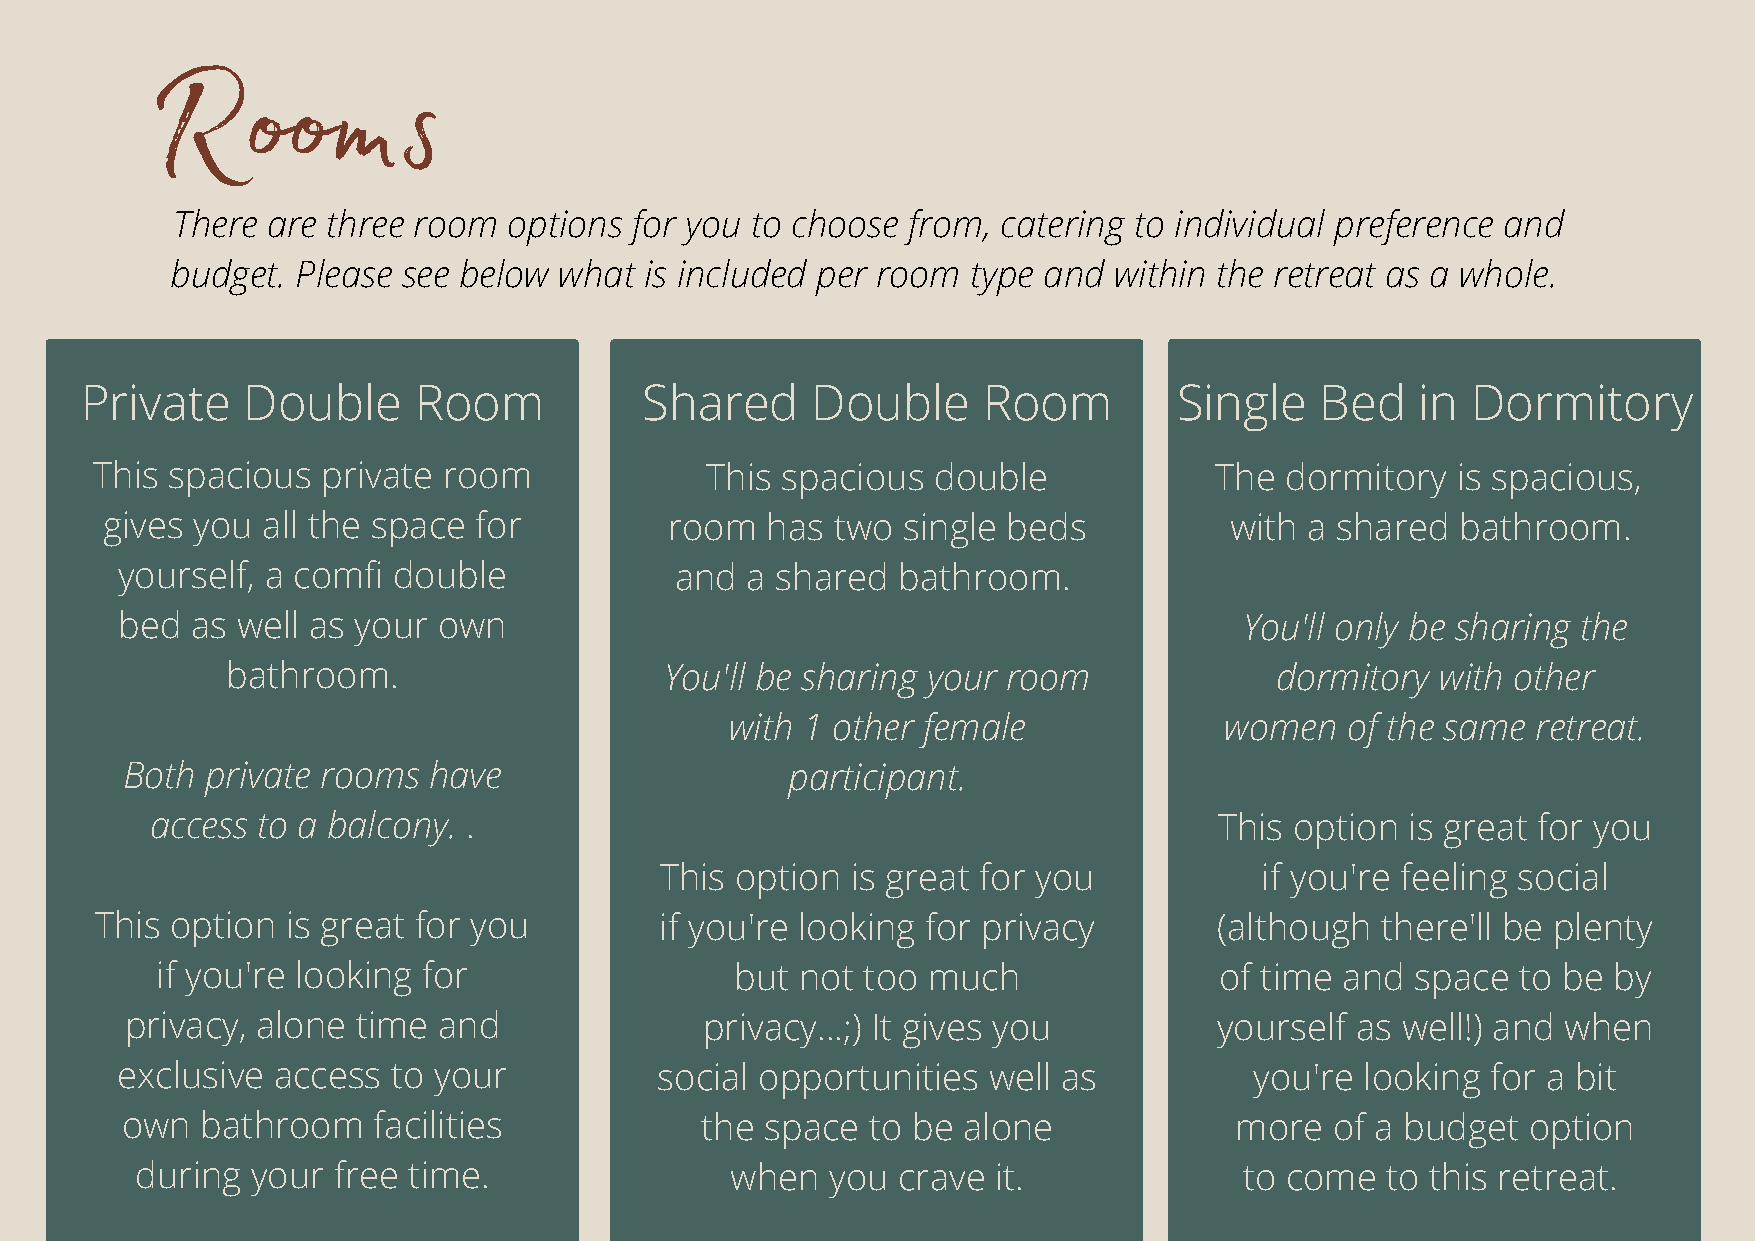
Rooms
 There  are three room  options for you to choose from, catering to individual preference and
 budget.  Please see below what  is included per room type and  within the retreat as a whole.
 Private    Double     Room            Shared     Double     Room         Single   Bed    in Dormitory
 This spacious  private room              This spacious  double            The  dormitory  is spacious,
 gives you all the space for          room   has two  single beds          with a shared   bathroom.
 yourself, a comfi double             and a shared  bathroom.
 bed  as well as your own                                                  You'll only be sharing the
 bathroom.                    You'll be sharing your room             dormitory  with other
 with 1 other female              women   of the same  retreat.
 Both  private rooms have                    participant.
 access to a balcony. .                                                 This option is great for you
 This option is great for you           if you're feeling social
 This option  is great for you         if you're looking for privacy        (although there'll be plenty
 if you're looking for                  but not too much                of time and  space  to be by
 privacy, alone  time and               privacy...;) It gives you         yourself as well!) and when
 exclusive access  to your          social opportunities  well as           you're looking  for a bit
 own  bathroom    facilities           the  space to be  alone             more  of a budget  option
 during  your free time.                when   you crave  it.             to come   to this retreat.